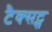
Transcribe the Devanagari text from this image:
टैक्सट्स